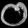
Digit: ၀